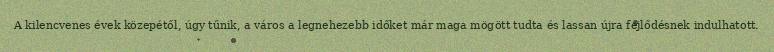
A kilencvenes évek közepétől, úgy tűnik, a város a legnehezebb időket már maga mögött tudta és lassan újra fejlődésnek indulhatott.